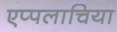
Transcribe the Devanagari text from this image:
एप्पलाचिया